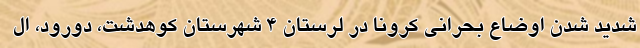
شدید شدن اوضاع بحرانی کرونا در لرستان 4 شهرستان کوهدشت، دورود، ال